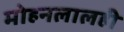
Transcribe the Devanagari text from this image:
मोहनलालही